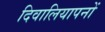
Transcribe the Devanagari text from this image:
दिवालियापनों